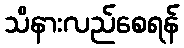
သိနားလည်စေရန်